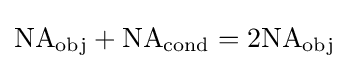
\mathrm {NA} _{\text{obj}}+\mathrm {NA} _{\text{cond}}=2\mathrm {NA} _{\text{obj}}